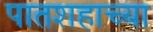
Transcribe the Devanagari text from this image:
पातशहाच्या